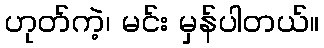
ဟုတ်ကဲ့၊ မင်း မှန်ပါတယ်။